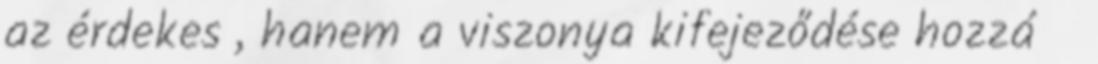
az érdekes , hanem a viszonya kifejeződése hozzá